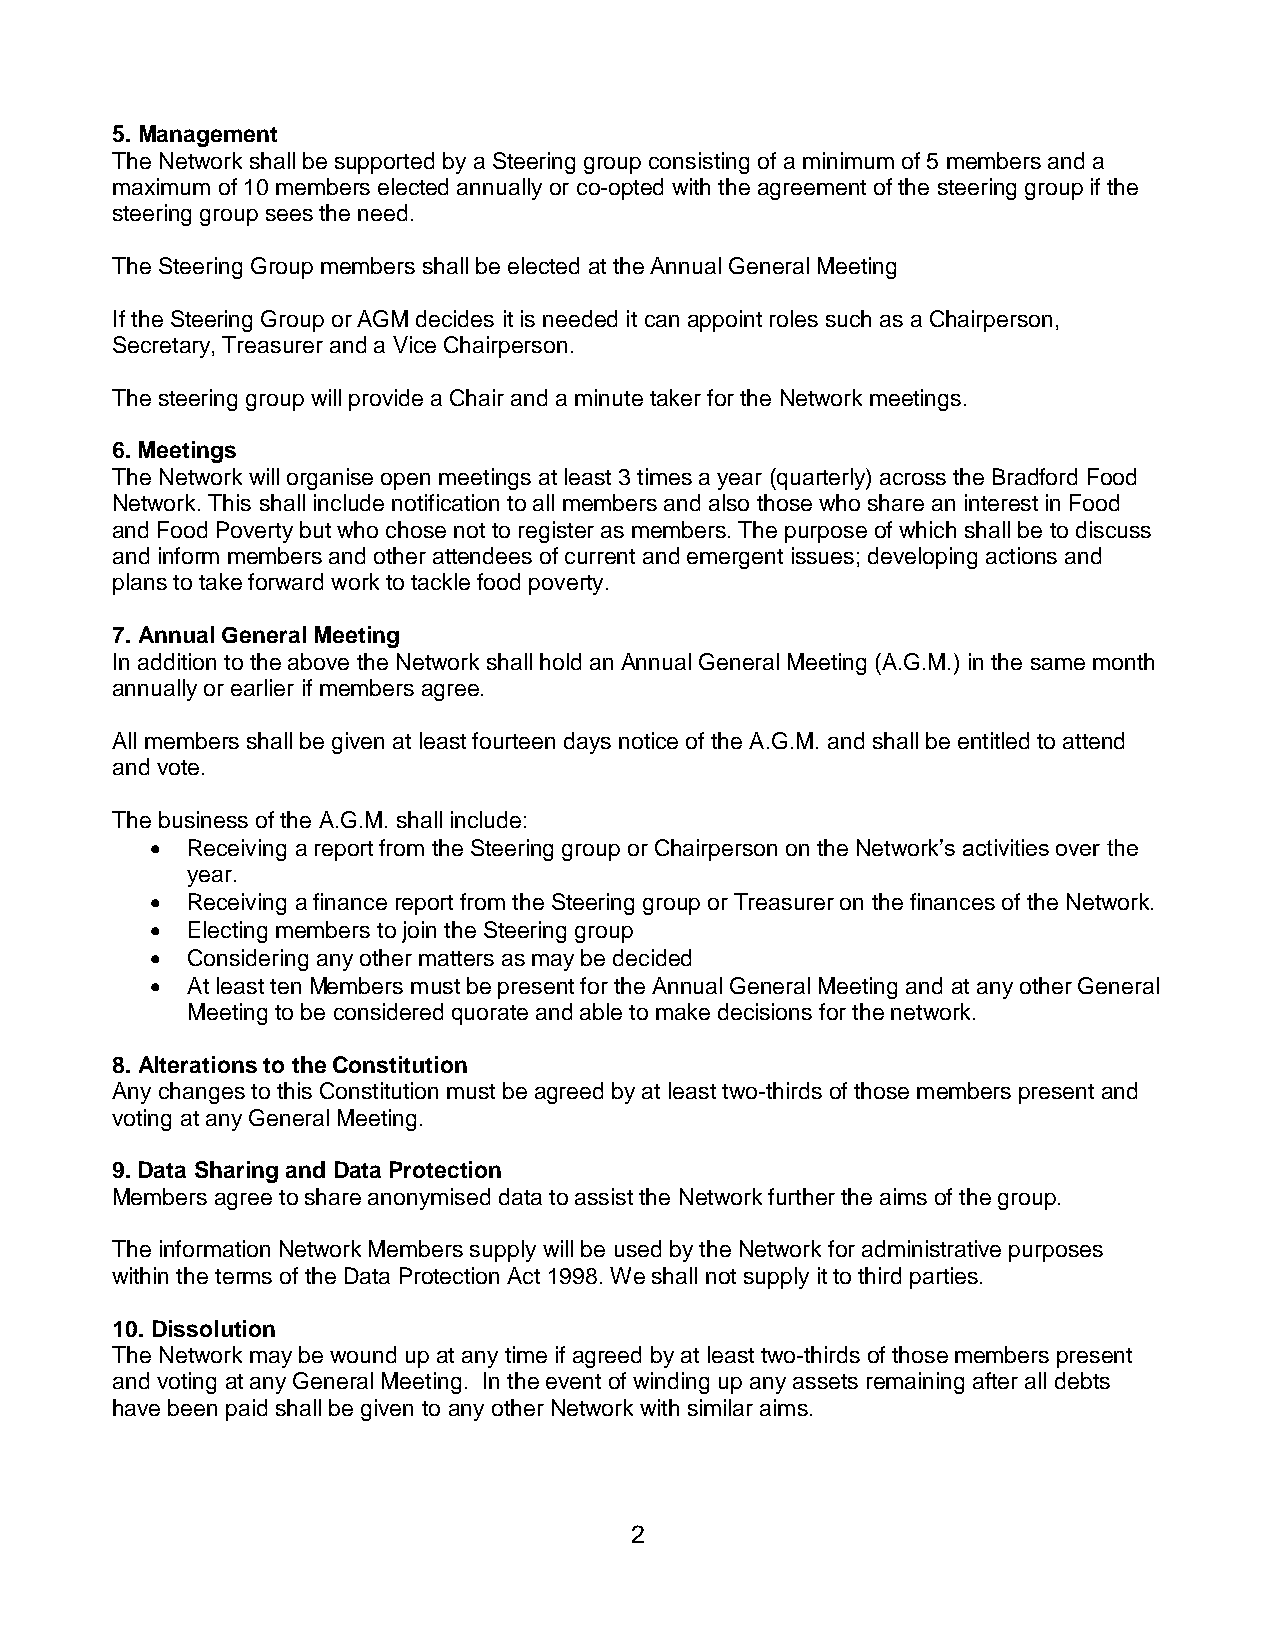
5. Management
 The Network shall be supported by a Steering group consisting of a minimum of 5 members and a
 maximum of 10 members elected annually or co-opted with the agreement of the steering group if the
 steering group sees the need.
 The Steering Group members shall be elected at the Annual General Meeting
 If the Steering Group or AGM decides it is needed it can appoint roles such as a Chairperson,
 Secretary, Treasurer and a Vice Chairperson.
 The steering group will provide a Chair and a minute taker for the Network meetings.
 6. Meetings
 The Network will organise open meetings at least 3 times a year (quarterly) across the Bradford Food
 Network. This shall include notification to all members and also those who share an interest in Food
 and Food Poverty but who chose not to register as members. The purpose of which shall be to discuss
 and inform members and other attendees of current and emergent issues; developing actions and
 plans to take forward work to tackle food poverty.
 7. Annual General Meeting
 In addition to the above the Network shall hold an Annual General Meeting (A.G.M.) in the same month
 annually or earlier if members agree.
 All members shall be given at least fourteen days notice of the A.G.M. and shall be entitled to attend
 and vote.
 The business of the A.G.M. shall include:
  Receiving a report from the Steering group or Chairperson on the Network’s activities over the
 year.
  Receiving a finance report from the Steering group or Treasurer on the finances of the Network.
  Electing members to join the Steering group
  Considering any other matters as may be decided
  At least ten Members must be present for the Annual General Meeting and at any other General
 Meeting to be considered quorate and able to make decisions for the network.
 8. Alterations to the Constitution
 Any changes to this Constitution must be agreed by at least two-thirds of those members present and
 voting at any General Meeting.
 9. Data Sharing and Data Protection
 Members agree to share anonymised data to assist the Network further the aims of the group.
 The information Network Members supply will be used by the Network for administrative purposes
 within the terms of the Data Protection Act 1998. We shall not supply it to third parties.
 10. Dissolution
 The Network may be wound up at any time if agreed by at least two-thirds of those members present
 and voting at any General Meeting. In the event of winding up any assets remaining after all debts
 have been paid shall be given to any other Network with similar aims.
 2